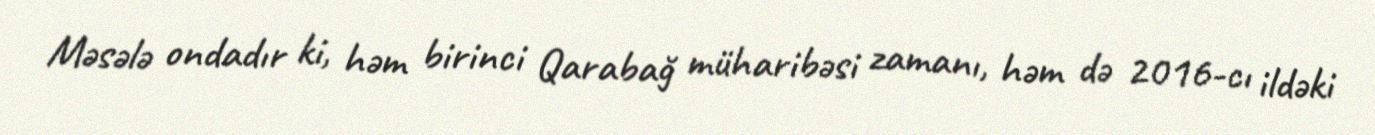
Məsələ ondadır ki, həm birinci Qarabağ müharibəsi zamanı, həm də 2016-cı ildəki